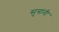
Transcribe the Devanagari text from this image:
सुत्रांनी